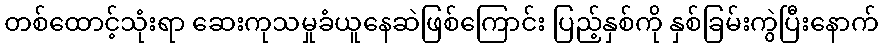
တစ်ထောင့်သုံးရာ ဆေးကုသမှုခံယူနေဆဲဖြစ်ကြောင်း ပြည့်နှစ်ကို နှစ်ခြမ်းကွဲပြီးနောက်